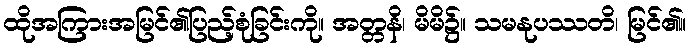
ထိုအကြားအမြင်၏ပြည့်စုံခြင်းကို။ အတ္တနိ၊ မိမိ၌။ သမနုပဿတိ၊ မြင်၏။